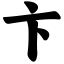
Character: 卞